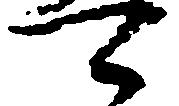
可